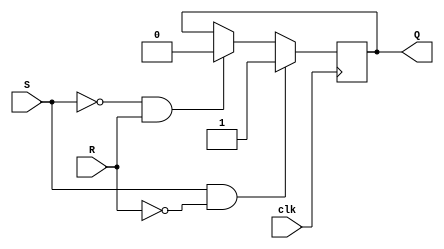
module edge_triggered_sr_ff (
    input S, // Set input
    input R, // Reset input
    input clk, // Clock input
    output reg Q // Output
);

always @(posedge clk) begin
    if (S & !R)
        Q <= 1; // Set to 1
    else if (!S & R)
        Q <= 0; // Reset to 0
    // Else, retain previous state
end

endmodule